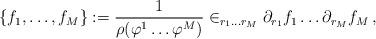
LaTeX: \begin{align*} \{f_1,\dots,f_M\}:=\frac{1}{\rho(\varphi^1\dots\varphi^M)} \in_{r_1\dots r_M}\partial_{r_1}f_1\dots\partial_{r_M}f_M\,,\end{align*}